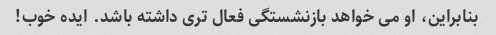
بنابراین، او می خواهد بازنشستگی فعال تری داشته باشد. ایده خوب!